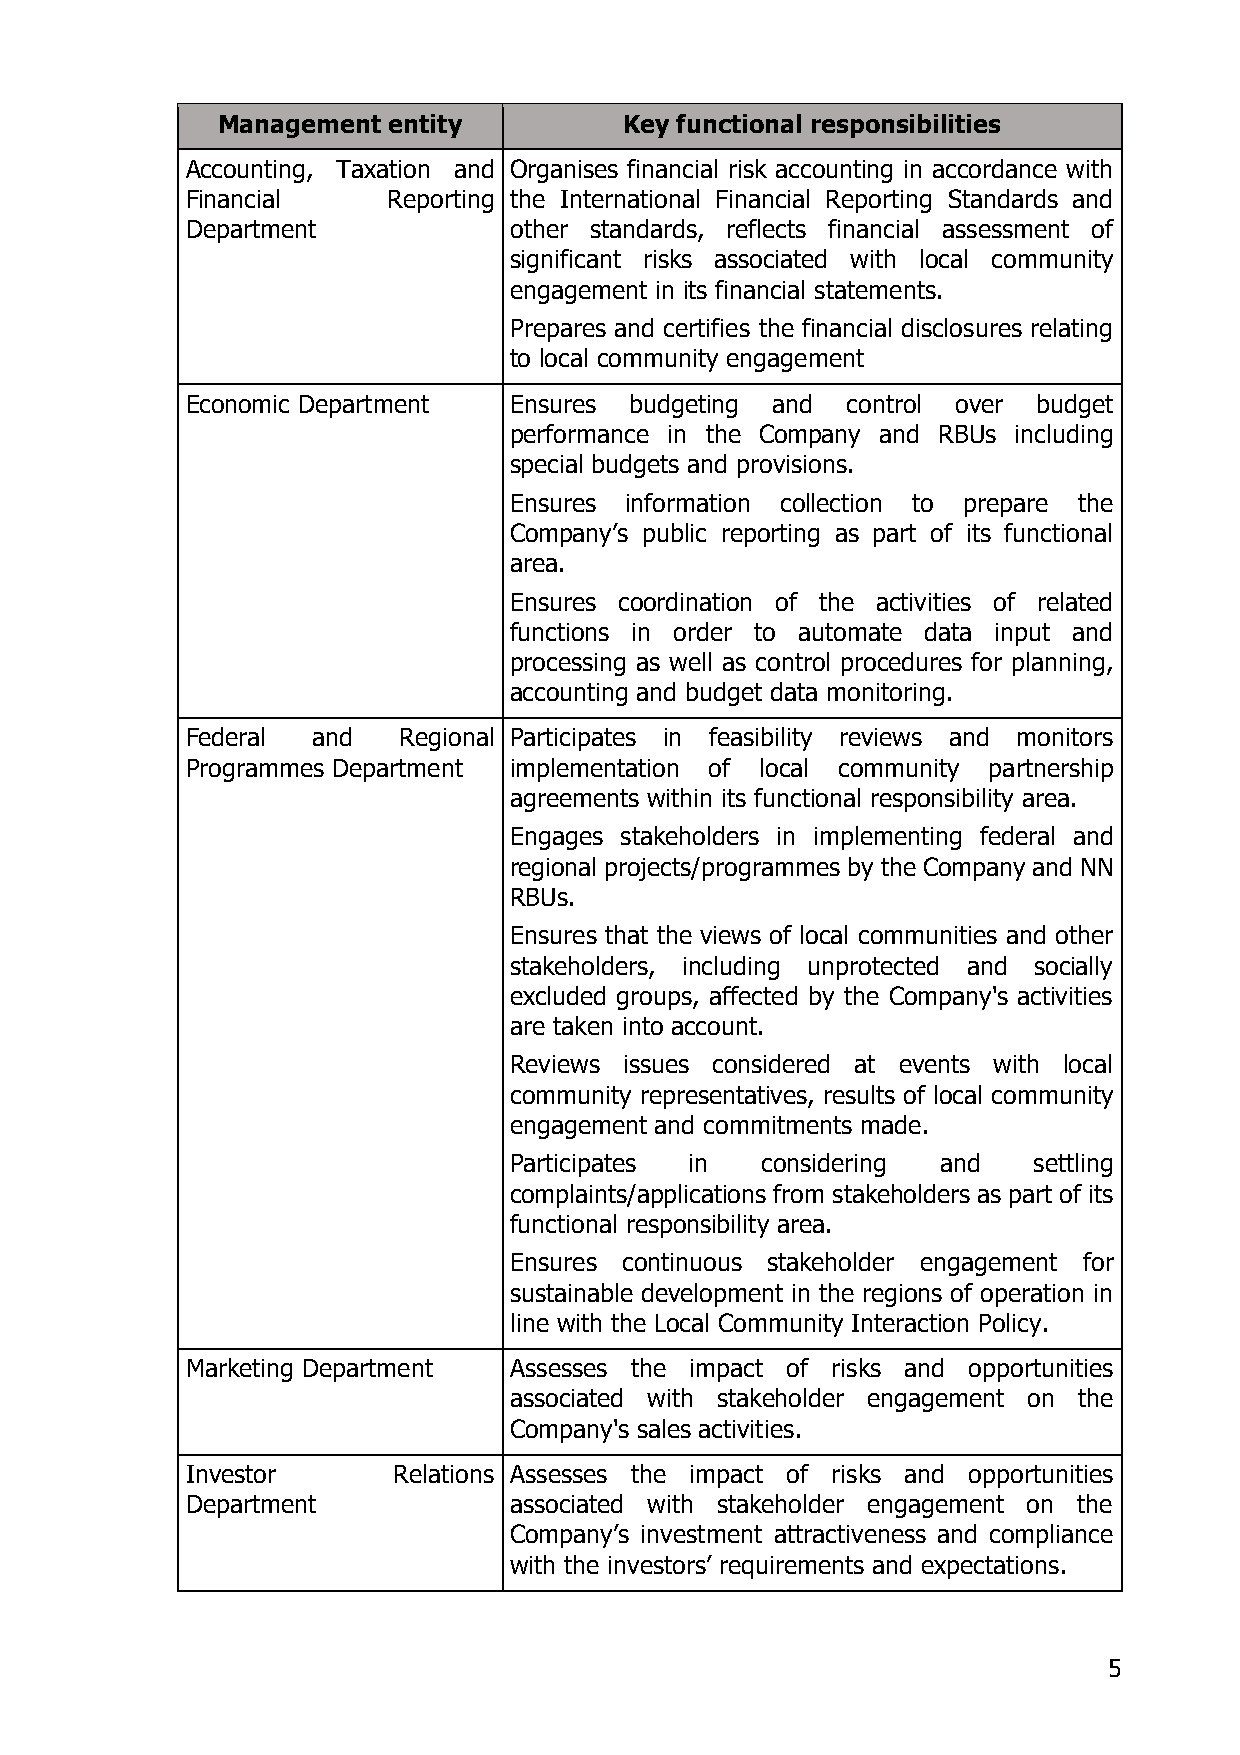
Management  entity         Key functional responsibilities
 Accounting, Taxation and Organises financial risk accounting in accordance with
 Financial     Reporting the International Financial Reporting Standards and
 Department            other standards, reflects financial assessment of
 significant risks associated with local community
 engagement in its financial statements.
 Prepares and certifies the financial disclosures relating
 to local community engagement
 Economic Department   Ensures budgeting and control over budget
 performance in the Company and RBUs including
 special budgets and provisions.
 Ensures information collection to prepare the
 Company’s public reporting as part of its functional
 area.
 Ensures coordination of the activities of related
 functions in order to automate data input and
 processing as well as control procedures for planning,
 accounting and budget data monitoring.
 Federal  and  Regional Participates in feasibility reviews and monitors
 Programmes Department implementation of local community partnership
 agreements within its functional responsibility area.
 Engages stakeholders in implementing federal and
 regional projects/programmes by the Company and NN
 RBUs.
 Ensures that the views of local communities and other
 stakeholders, including unprotected and socially
 excluded groups, affected by the Company's activities
 are taken into account.
 Reviews issues considered at events with local
 community representatives, results of local community
 engagement and commitments made.
 Participates in considering and   settling
 complaints/applications from stakeholders as part of its
 functional responsibility area.
 Ensures continuous stakeholder engagement for
 sustainable development in the regions of operation in
 line with the Local Community Interaction Policy.
 Marketing Department  Assesses the impact of risks and opportunities
 associated with stakeholder engagement on the
 Company's sales activities.
 Investor      Relations Assesses the impact of risks and opportunities
 Department            associated with stakeholder engagement on the
 Company’s investment attractiveness and compliance
 with the investors’ requirements and expectations.
 5